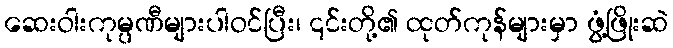
ဆေးဝါးကုမ္ပဏီများပါဝင်ပြီး၊ ၎င်းတို့၏ ထုတ်ကုန်များမှာ ဖွံ့ဖြိုးဆဲ